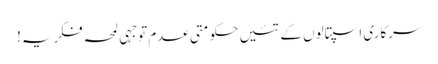
سرکاری اسپتالوں کے تئیں حکومتی عدم توجہی لمحہ فکریہ!